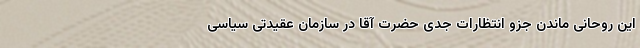
این روحانی ماندن جزو انتظارات جدی حضرت آقا در سازمان عقیدتی سیاسی